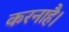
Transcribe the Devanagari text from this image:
करनाहै।